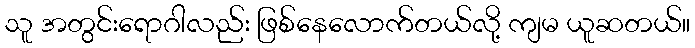
သူ အတွင်းရောဂါလည်း ဖြစ်နေလောက်တယ်လို့ ကျမ ယူဆတယ်။